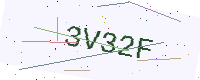
Text: 3V32F